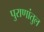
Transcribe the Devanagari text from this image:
पुराणांतुल